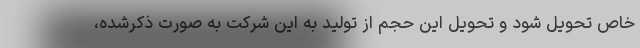
خاص تحویل شود و تحویل این حجم از تولید به این شرکت به صورت ذکرشده،